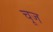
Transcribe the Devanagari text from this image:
चूज